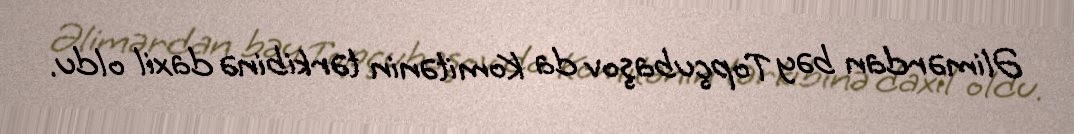
Əlimərdan bəy Topçubaşov da Komitənin tərkibinə daxil oldu.